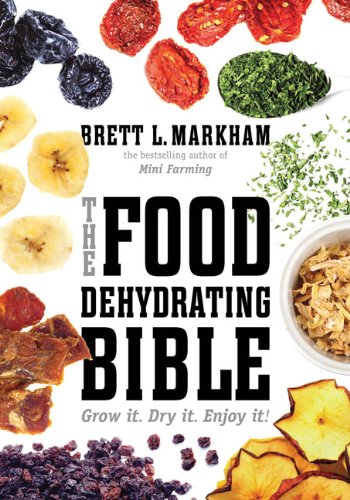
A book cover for The Food Dehydrating Bible: Grow it. Dry it. Enjoy it!; Brett L. Markham; Cookbooks, Food & Wine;